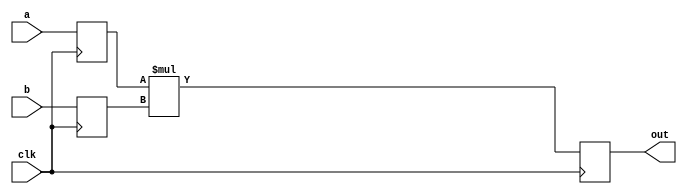
module mult1 (out, a, b, clk);
output reg [15:0] out;
	input  [7:0] a;
	input  [7:0] b;
	input clk;
	reg [7:0] aqq,bqq;
	wire [15:0] result;
	
  always @ ( posedge clk )
   begin
   aqq <= a;
   bqq <= b;
   out  <= result;
   end
	
	assign result  = aqq * bqq;

endmodule